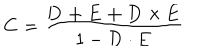
{ \bf C } = { \frac { \bf D + E + D \times E } { 1 - { \bf D \cdot E } } }